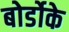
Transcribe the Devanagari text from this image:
बोर्डोके